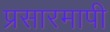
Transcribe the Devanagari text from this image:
प्रसारमापी